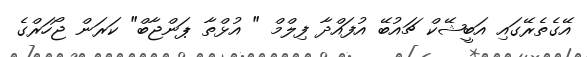
އޭގެތެރޭގައި އަބީޝޭކް ޗައުބޭ އުފައްދާ ފިލްމް " އުޅްތާ ޕަންޖާބް" ކަރަން ޖޯހަރްގެ